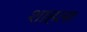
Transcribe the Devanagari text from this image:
शाहला